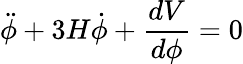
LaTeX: \ddot{\phi}+3H\dot{\phi}+{\frac{dV}{d{\phi}}}=0